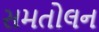
સમતોલન